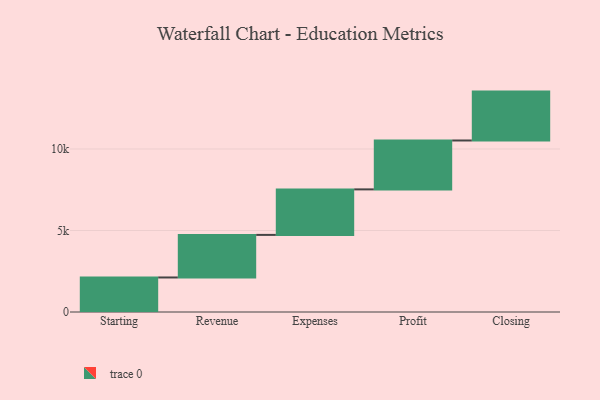
{"axis": {"x": "Step", "y": "Value"}, "legend": [""], "data": [{"x": "Starting", "y": 2119.0, "type": ""}, {"x": "Revenue", "y": 2612.0, "type": ""}, {"x": "Expenses", "y": 2793.0, "type": ""}, {"x": "Profit", "y": 3000, "type": ""}, {"x": "Closing", "y": 3000, "type": ""}]}